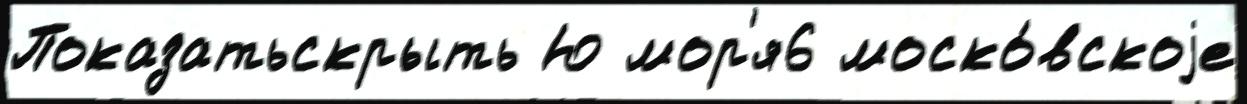
Показатьскрыть Ю мор'я6 моско́вскоjе